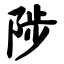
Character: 陟